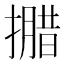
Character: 𭢝